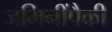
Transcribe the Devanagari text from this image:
जमिनींपैकी